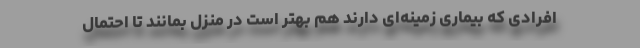
افرادی که بیماری زمینه‌ای دارند هم بهتر است در منزل بمانند تا احتمال